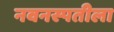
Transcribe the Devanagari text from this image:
नवनस्पतीला